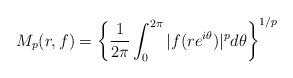
LaTeX: \begin{align*}M_p(r,f) = \left\{ \frac{1}{2\pi} \int_0^{2\pi} |f(re^{i\theta})|^p d\theta\right\}^{1/p}\end{align*}